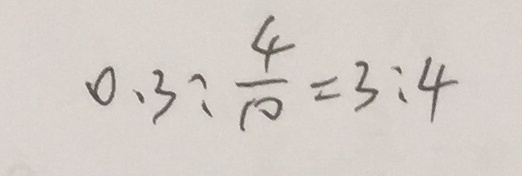
0 . 3 : \frac { 4 } { 1 0 } = 3 : 4